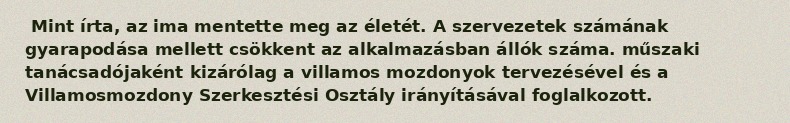
Mint írta, az ima mentette meg az életét. A szervezetek számának gyarapodása mellett csökkent az alkalmazásban állók száma. műszaki tanácsadójaként kizárólag a villamos mozdonyok tervezésével és a Villamosmozdony Szerkesztési Osztály irányításával foglalkozott.